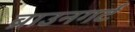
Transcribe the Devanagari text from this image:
ब्राउनगर्ट